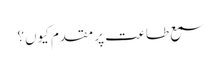
سمع طاعت پر مقدم کیوں؟